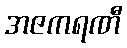
အဇကရဏီ